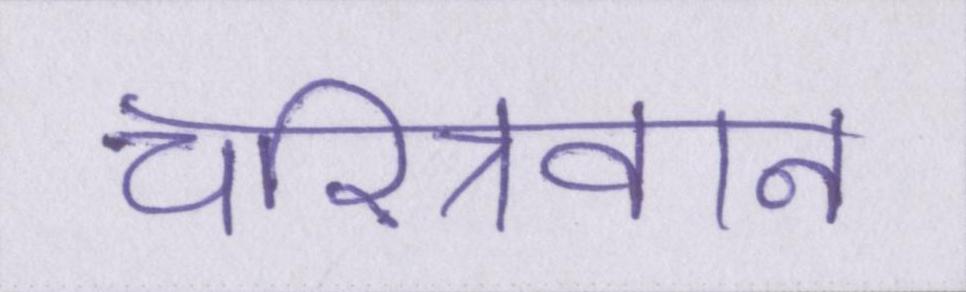
चरित्रवान